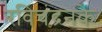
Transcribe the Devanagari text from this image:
रविचंद्रनके